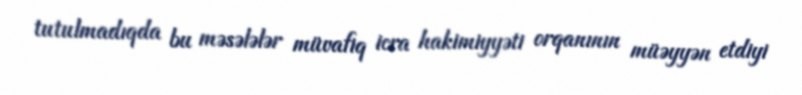
tutulmadıqda bu məsələlər müvafiq icra hakimiyyəti orqanının müəyyən etdiyi